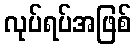
လုပ်ရပ်အဖြစ်